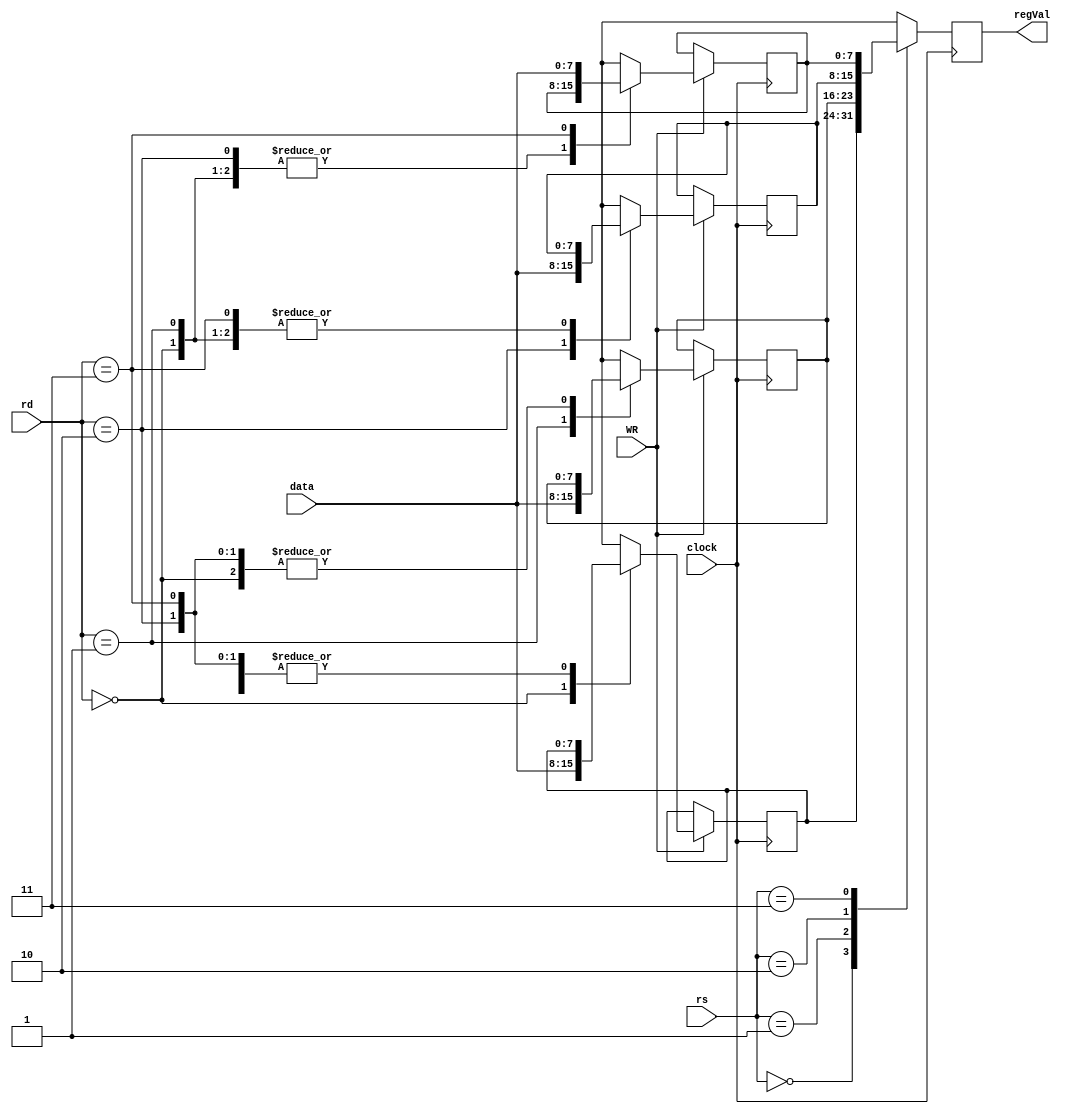
module regBank ( //Register bank
    WR,
    clock,
    rs,
    rd,
    data,
    regVal
);

    input WR, clock;
    input[1:0] rd;
    input[1:0] rs;
    input[7:0] data;
    output reg[7:0] regVal;

    reg [7:0] s0; //00
    reg [7:0] s1; //01
    reg [7:0] t0; //10
    reg [7:0] t1; //11

    initial begin
        s0 = 0;
        s1 = 0;
        t0 = 0;
        t1 = 0;
    end

    always @(posedge clock) begin
        if (WR == 1) begin
            case(rd)
                2'b00:
                    s0 = data;
                2'b01:
                    s1 = data;
                2'b10:
                    t0 = data;
                2'b11:
                    t1 = data;
            endcase
        end
    end

    always @(negedge clock) begin
        case(rs)
                2'b00:
                    regVal = s0;
                2'b01:
                    regVal = s1;
                2'b10:
                    regVal = t0;
                2'b11:
                    regVal = t1;
            endcase
    end

endmodule